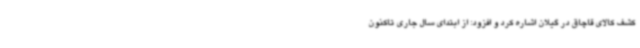
کشف کالای قاچاق در گیلان اشاره کرد و افزود: از ابتدای سال جاری تاکنون